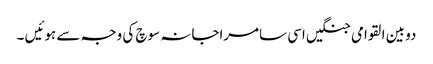
دو بین القوامی جنگیں اسی سامراجانہ سوچ کی وجہ سے ہوئیں ۔